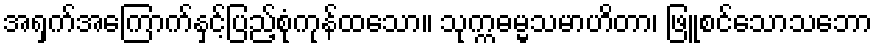
အရှက်အကြောက်နှင့်ပြည့်စုံကုန်ထသော။ သုက္ကဓမ္မသမာဟိတာ၊ ဖြူစင်သောသဘော